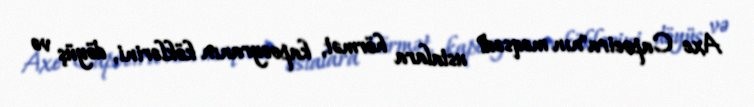
Axe Capoeira"nın məqsədi ustalara hörmət, kapoeyranın köklərini, döyüş və